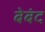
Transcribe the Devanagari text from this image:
बेबंद